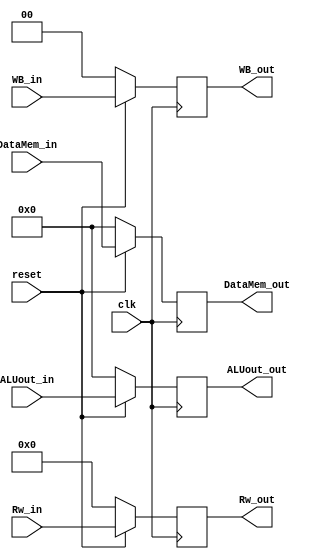
module MEM_WB_reg(WB_out,Rw_out,ALUout_out,DataMem_out,WB_in,Rw_in,ALUout_in,DataMem_in,clk,reset);
output reg[1:0] WB_out;
output reg[4:0] Rw_out;
output reg[31:0] ALUout_out,DataMem_out;
input[1:0] WB_in;
input[4:0] Rw_in;
input[31:0] ALUout_in,DataMem_in;
input clk,reset;

always@(negedge clk)
begin
	if(!reset) begin
		WB_out<=2'b0;
		Rw_out<=5'b0;
		ALUout_out<=32'b0;
		DataMem_out<=32'b0;
	end
	else begin
		WB_out<=WB_in;
		Rw_out<=Rw_in;
		ALUout_out<=ALUout_in;
		DataMem_out<=DataMem_in;
	end
end

endmodule